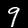
Digit: 9